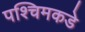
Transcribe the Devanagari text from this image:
पश्चिमकडे